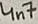
Text: 4n7